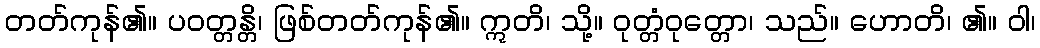
တတ်ကုန်၏။ ပဝတ္တန္တိ၊ ဖြစ်တတ်ကုန်၏။ ဣတိ၊ သို့။ ဝုတ္တံဝုတ္တော၊ သည်။ ဟောတိ၊ ၏။ ဝါ၊